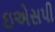
ઇએસપી